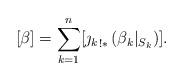
LaTeX: \begin{align*}[\beta] = \sum_{k=1}^n [{\jmath_k}_{!*} \left( \beta_k|_{S_k}\right)].\end{align*}